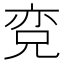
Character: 𱏨